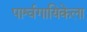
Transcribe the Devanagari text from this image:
पार्श्वगायिकेला